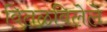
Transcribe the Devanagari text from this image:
वितळविलेले